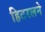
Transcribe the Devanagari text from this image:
हिटरलने